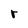
Character: r